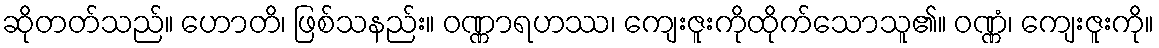
ဆိုတတ်သည်။ ဟောတိ၊ ဖြစ်သနည်း။ ဝဏ္ဏာရဟဿ၊ ကျေးဇူးကိုထိုက်သောသူ၏။ ဝဏ္ဏံ၊ ကျေးဇူးကို။